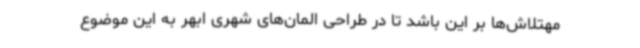
مهتلاش‌ها بر این باشد تا در طراحی المان‌های شهری ابهر به این موضوع